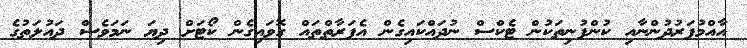
އާއްމުފަރުދުންނާއި ކުންފުނިތަކުން ޓެކްސް ނުދައްކައިގެން އެފަރާތްތައް ގޮވައިގެން ކޯޓަށް ދިޔަ ނަމަވެސް ދައުލަތުގެ